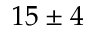
1 5 \pm 4